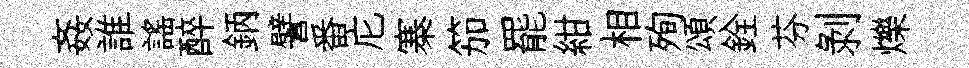
姦誰謡醉鈵譬番庀寨笳罷紺相殉頌銓芬剝爍